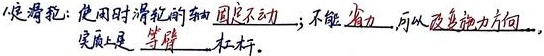
定滑轮：使用时滑轮的轴固定不动；不能 省力，可以改变力方向，
实质上是 等臂 杠杆。